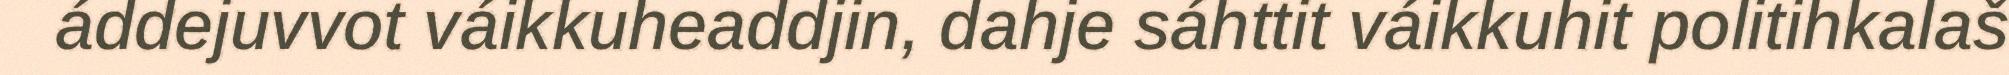
áddejuvvot váikkuheaddjin, dahje sáhttit váikkuhit politihkalaš